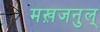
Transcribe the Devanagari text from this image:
मख़जनुल्